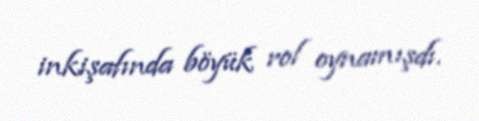
inkişafında böyük rol oynamışdı.